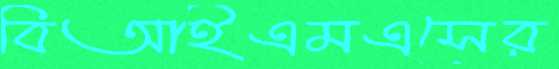
বিআইএমএসের